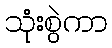
သုံးစွဲကာ